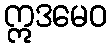
ဣဒမေဝ